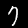
Label: 7